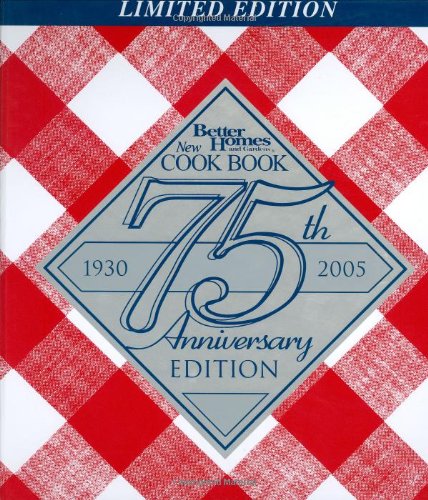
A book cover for Better Homes and Gardens New Cook Book, 75th Anniversary Edition; Better Homes and Gardens; Cookbooks, Food & Wine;